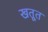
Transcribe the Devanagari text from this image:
खतूत